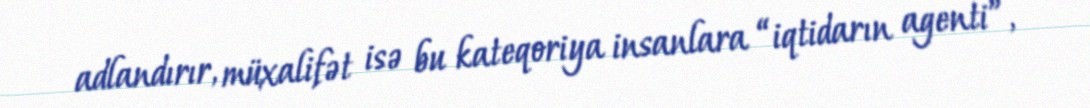
adlandırır, müxalifət isə bu kateqoriya insanlara “iqtidarın agenti”,